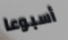
أسبوعا